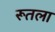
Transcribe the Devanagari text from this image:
रूतला